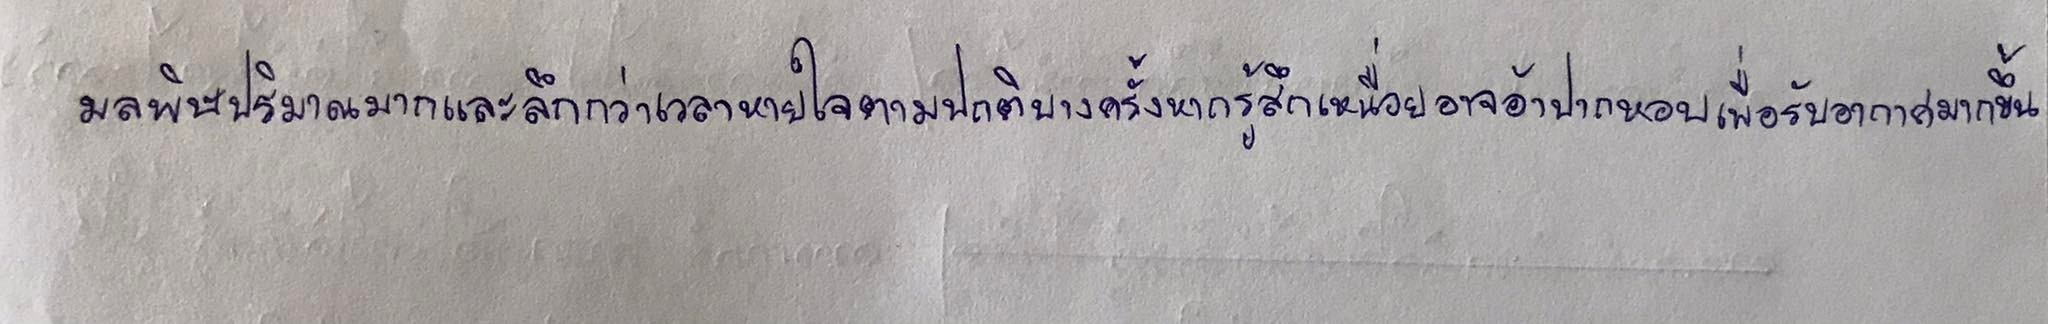
มลพิษปริมาณมากและลึกกว่าเวลาหายใจตามปกติบางครั้งหากรู้สึกเหนื่อยอาจอ้าปากหอบเพื่อรับอากาศมากขึ้น